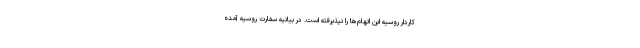
کاردار روسیه این اتهام‌ها را نپذیرفته است. در بیانیه سفارت روسیه آمده